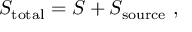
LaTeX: S _ { \mathrm { t o t a l } } = S + S _ { \mathrm { s o u r c e } } ~ ,